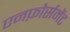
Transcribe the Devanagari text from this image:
एनफ़ोर्समेंट